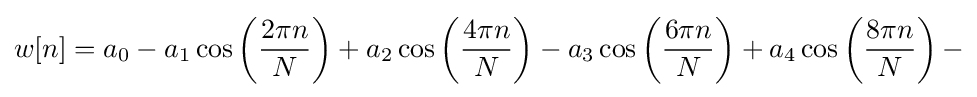
w[n]=a_{0}-a_{1}\cos \left({\frac {2\pi n}{N}}\right)+a_{2}\cos \left({\frac {4\pi n}{N}}\right)-a_{3}\cos \left({\frac {6\pi n}{N}}\right)+a_{4}\cos \left({\frac {8\pi n}{N}}\right)-